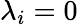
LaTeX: \lambda_{i}=0